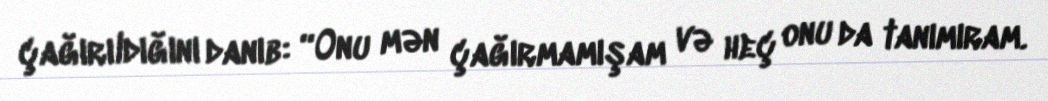
çağırıldığını danıb: “Onu mən çağırmamışam və heç onu da tanımıram.